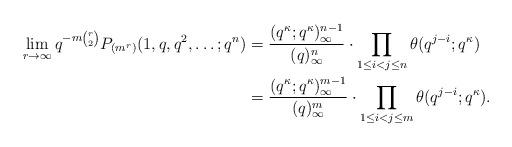
LaTeX: \begin{align*}\lim_{r\to\infty}q^{-m\binom{r}{2}} P_{(m^r)}(1,q,q^2,\dots;q^n)&=\frac{(q^{\kappa};q^{\kappa})_{\infty}^{n-1}}{(q)_{\infty}^n}\cdot \prod_{1\leq i<j\leq n} \theta(q^{j-i};q^{\kappa}) \\&=\frac{(q^{\kappa};q^{\kappa})_{\infty}^{m-1}}{(q)_{\infty}^m} \cdot \prod_{1\leq i<j\leq m} \theta(q^{j-i};q^{\kappa}).\end{align*}